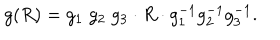
LaTeX: g ( R ) = g _ { 1 } \; g _ { 2 } \; g _ { 3 } \cdot R \cdot g _ { 1 } ^ { - 1 } g _ { 2 } ^ { - 1 } g _ { 3 } ^ { - 1 } .